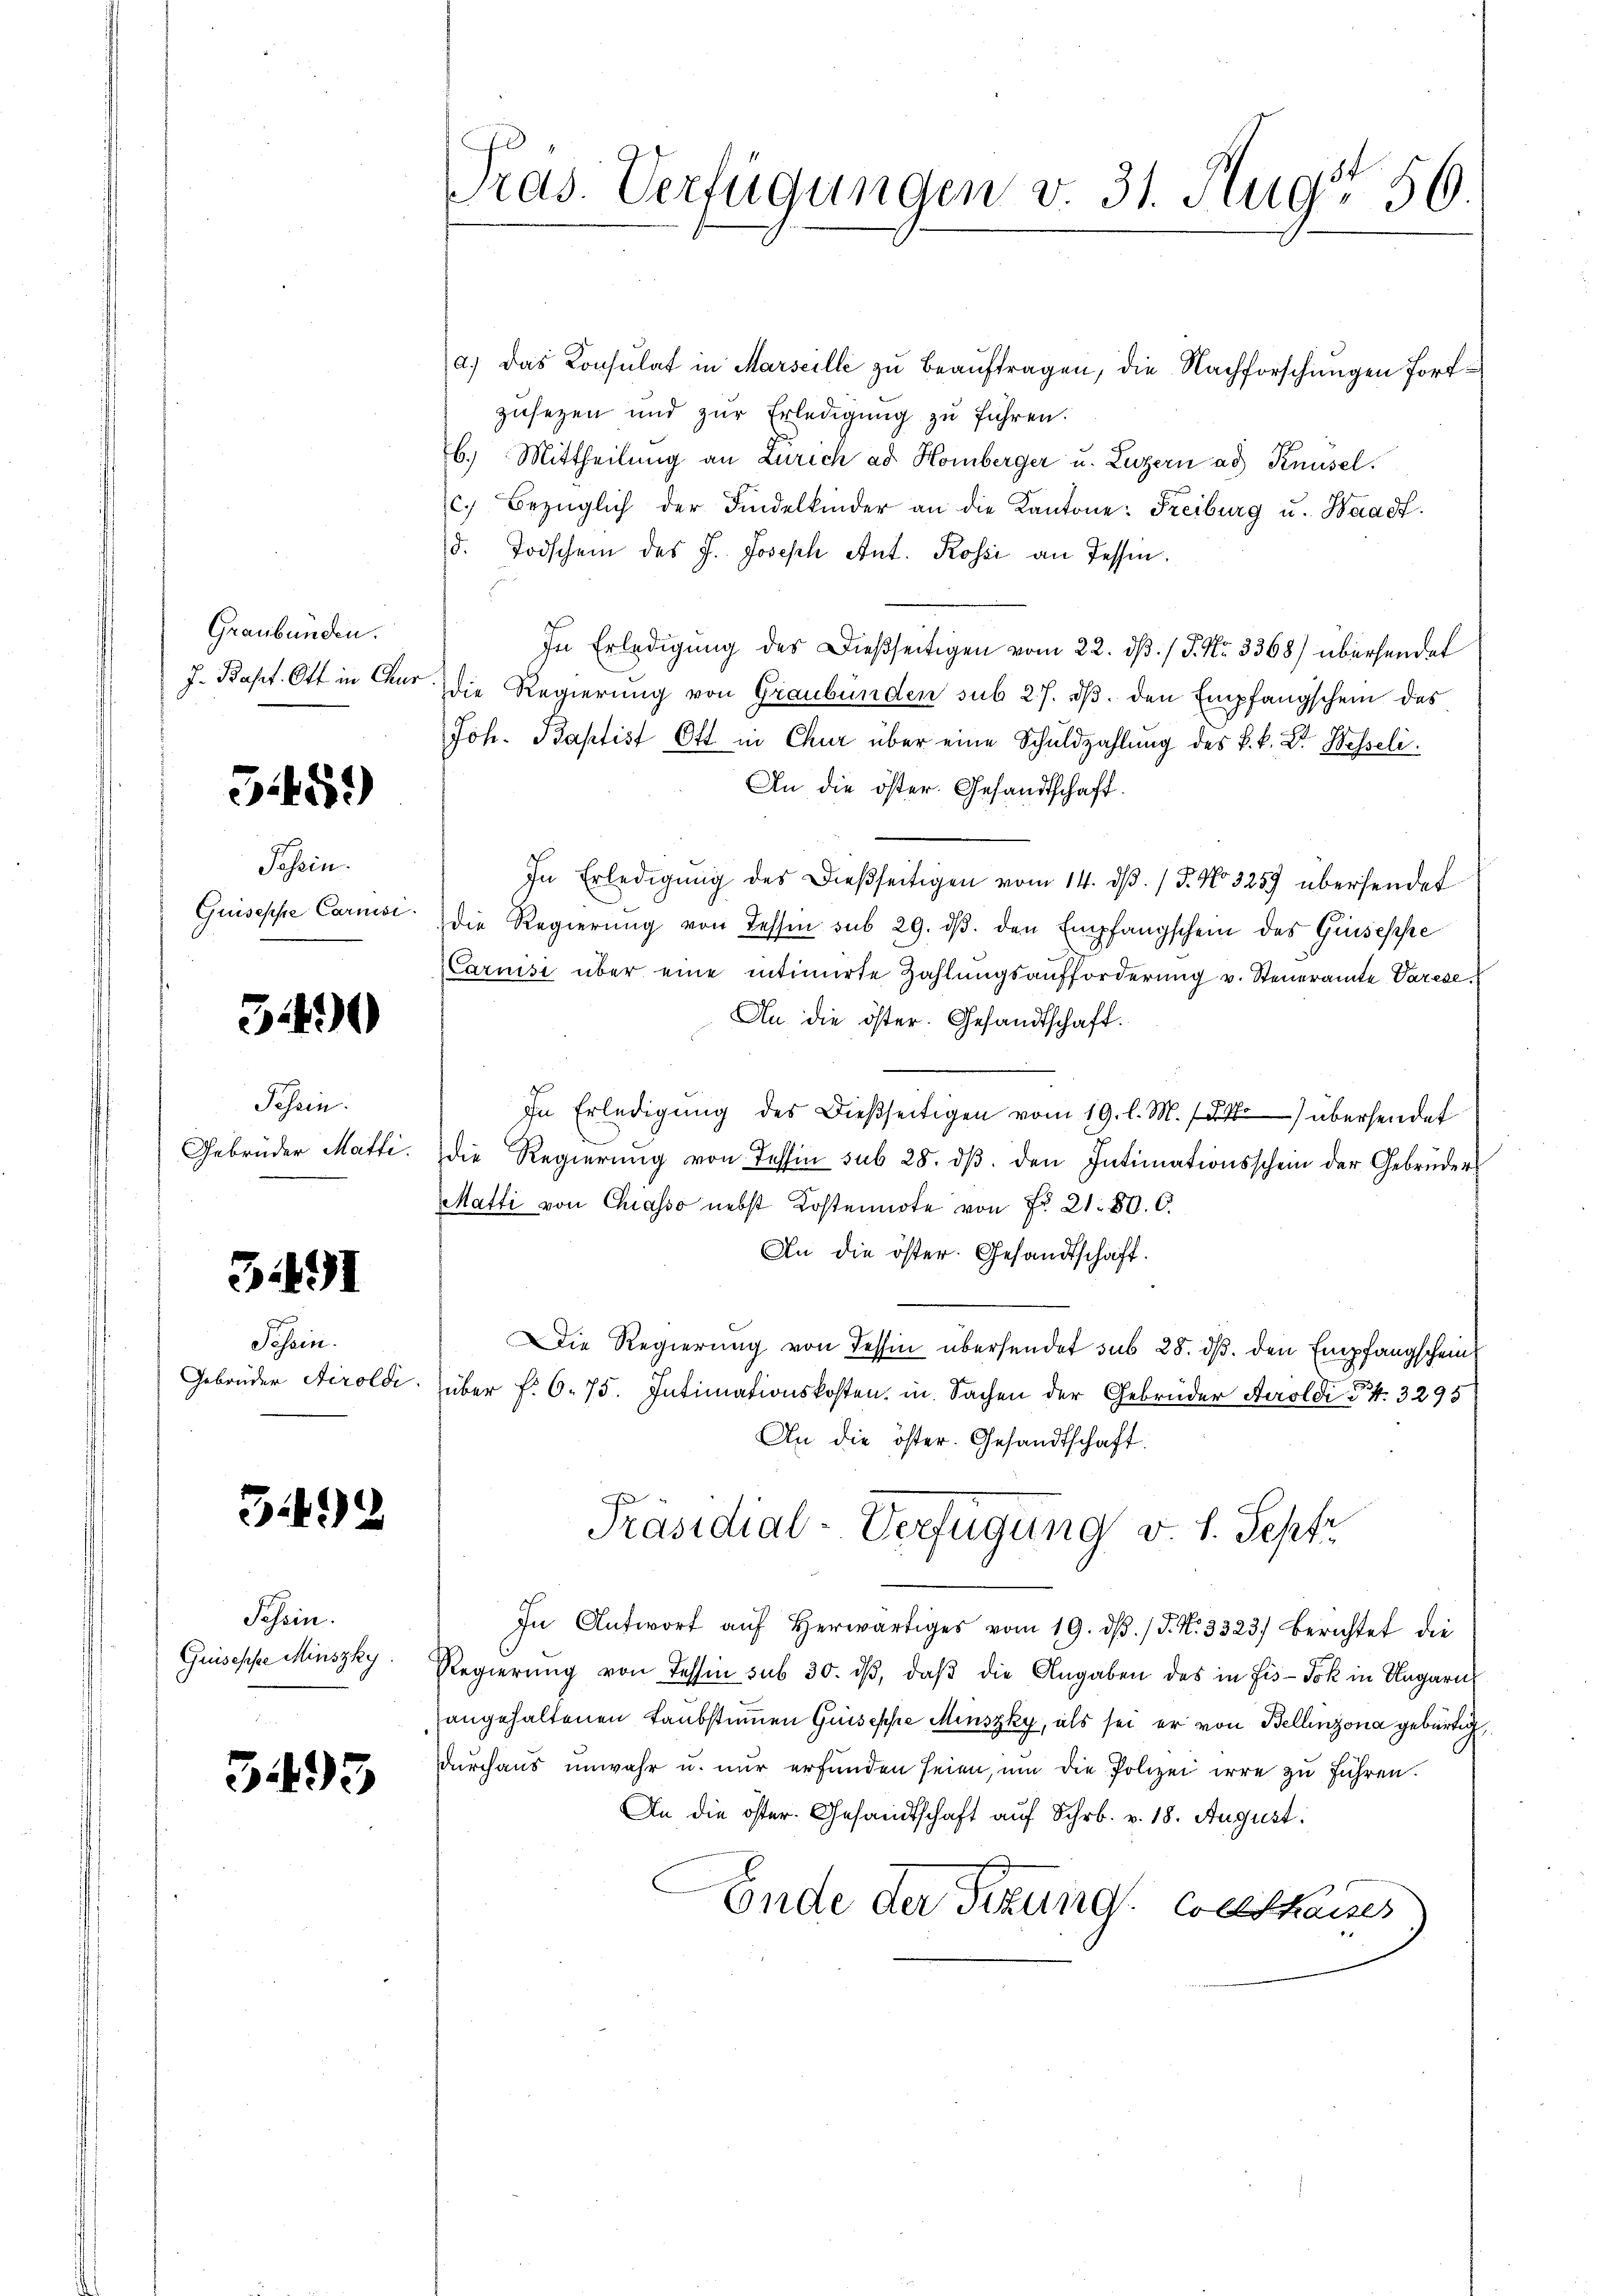
Graubünden.
J. Bapt. Ott in Chur

545.)

Passin.
Guiseppe Carmsi.

3490

Tessin.

3491

Sehen.

3.499

Tessin.
Guiseppe Minszky

3493

Pras. Verfügungen v. 31. Aug' 56.

a.) Das Konsulat in Marseille zu beauftragen, die Nachforschungen fortzusezen und zur Erledigung zu führen.
6.) Mittheilung an Zürich ad Homberger u. Luzern ad Knüsel.
c. Bezüglich der Findelkinder an die Kantone: Freiburg u. Waadt.
d. Todschein des J. Joseph Ant. Rossi an Tessin.
In Erledigung des Dießseitigen vom 22. ds. / P. Nr. 3368) übersendet
die Regierung von Graubünden sub 27. dβ. den Empfangschein des
Joh. Baptist Ott in Chur über eine Schuldzahlung des k. k. Dr. Wesseli
An die öster. Gesandtschaft.
In Erledigŭng des dießseitigen vom 14. dβ. / 5. No 3259 übersendet
die Regierŭng von Tessin sub 29. dβ. den Empfangschein des Guseppe
Carnisi über eine intimirte Zahlungsaufforderung v. Steueramte Varese
An die öster. Gesandtschaft.
In Erledigŭng des Dießseitigen vom 19. l. M. übersendet
Gebrüder Matti. die Regierŭng von Tessin sub 28. dβ. den Intimationsschein der Gebrüder
Matti von Chiasso nebst Kostennote von Fr. 21. 800.
An die öster. Gesandtschaft.
Die Regierung von dessen übersendet sub 28. ds. den Empfangschein¬
Gebrüder Stiroldi über f. 6. 75. Intimationskosten, in Sachen der Gebrüder Aeroldi § 4. 3295
An die öster. Gesandtschaft
Präsidial-Verfügung v. 1. Sepfr
In Antwort aŭf herwärtiges vom 19. dβ. / J. N. 3323) berichtet die
Regierŭng von Tessin sub 30. dβ, daβ die Angaben des in Fis-Jok in Ungarn
angehaltenen Laubstimmen Guisephe Menszky, als sei er von Bellinzona gebürtig
durchaus unwahr u. nur erfunden seien, um die Polizei irre zu führen.
An die öster. Gesandtschaft auf Schr. v. 18. August.
Ende der Sitzung Collhauses